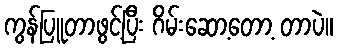
ကွန်ပြူတာဖွင့်ပြီး ဂိမ်းဆော့တော့ တာပဲ။